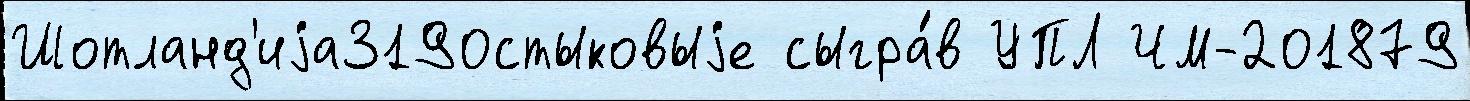
Шотланд'иjа3190стыковыjе сыгра́в УПЛ ЧМ-201879